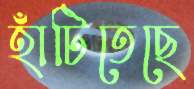
হাঁটিতেছে